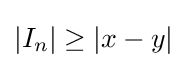
|I_{n}|\geq |x-y|